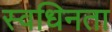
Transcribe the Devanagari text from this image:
स्वधिनता